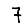
Digit: 7